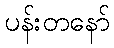
ပန်းတနော်